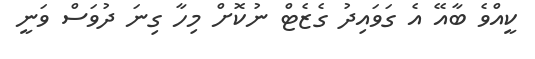
ކީއްވެ ބާއޭ އެ ގަވައިދު ގެޒެޓް ނުކޮށް މިހާ ގިނަ ދުވަސް ވަނީ